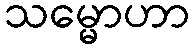
သမ္မောဟာ